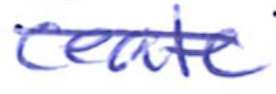
Text: create
Cross-out: diagonal
Writing tool: ballpoint